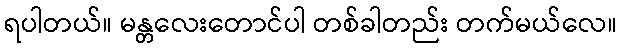
ရပါတယ်။ မန္တလေးတောင်ပါ တစ်ခါတည်း တက်မယ်လေ။